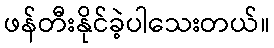
ဖန်တီးနိုင်ခဲ့ပါသေးတယ်။